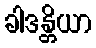
ခါဒန္တိယာ